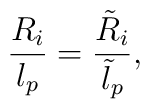
\frac{R_i}{l_p} = \frac{\tilde{R}_i}{\tilde{l}_p } ,